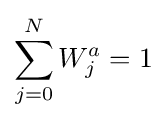
\sum _{j=0}^{N}W_{j}^{a}=1